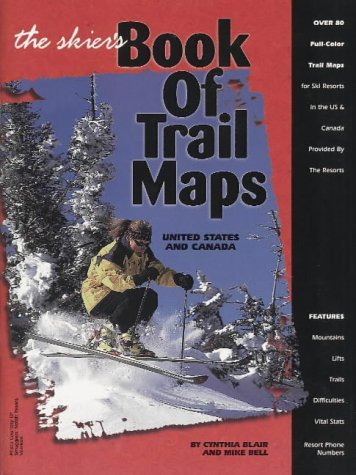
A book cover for The Skier's Book of Trail Maps: United States and Canada; Cynthia Blair; Sports & Outdoors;